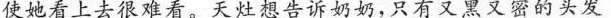
使她看上去很难看。天灶想告诉奶奶，只有又黑又密的头发